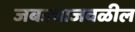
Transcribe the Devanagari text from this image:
जबड्याजवळील